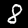
Digit: 8